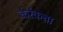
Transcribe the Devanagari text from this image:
कर्रकत्ता